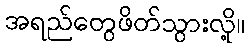
အရည်တွေဖိတ်သွားလို့။